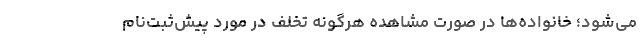
می‌شود؛ خانواده‌ها در صورت مشاهده هرگونه تخلف در مورد پیش‌ثبت‌نام